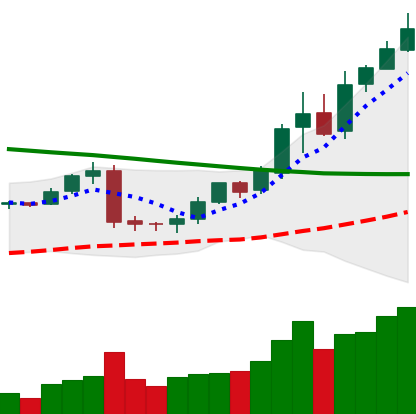
Ticker: BNB-USD
Chart end date: 2019-02-11
Forward return: -4.424%
Label: down_3_5